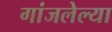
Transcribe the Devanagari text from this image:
गांजलेल्या